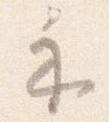
示